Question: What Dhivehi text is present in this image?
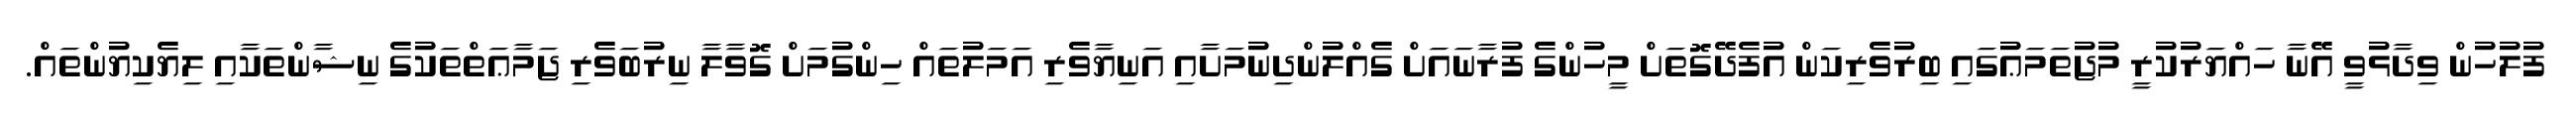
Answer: ފުލުހުން ވިދާޅުވީ އޭނާ ހައްޔަރުކުރީ މުޖުތަމަޢުގައި ބިރުވެރިކަން އުފެދޭގޮތަށް މީހުންގެ ފުރާނައަށް ގެއްލުންދިނުމަށާއި އަނިޔާވެރި އަމަލުތައް ހިންގުމަށް ގޮވާލާ ނިރުބަވެރި ޖަމާޢަތްތަކުގެ ނިޝާންތަކާއި ލިޔެކިޔުންތައް.